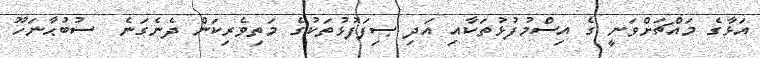
އަޅާގެ މައްޗަށްވަނީ ގެ އިސްމުފުޅުތަކާއި އަދި ޞިފަފުޅުތަކުގެ މަތިވެރިކަން ދެނެގަނެ  ސުބުޙާނަހޫ